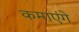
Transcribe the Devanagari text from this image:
कमाएंगे